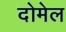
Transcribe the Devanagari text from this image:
दोमेल